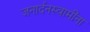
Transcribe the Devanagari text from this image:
जनार्दनस्वामींना